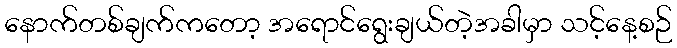
နောက်တစ်ချက်ကတော့ အရောင်ရွေးချယ်တဲ့အခါမှာ သင့်နေ့စဉ်